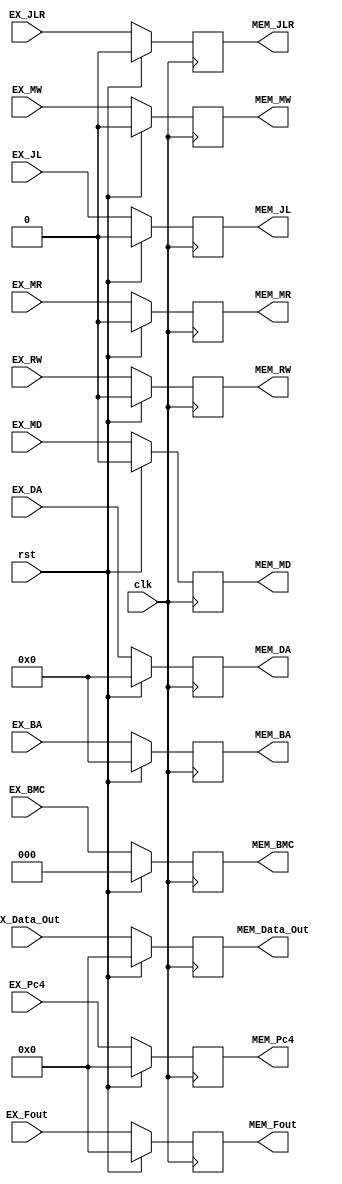
module EX_MEM(
    input clk, rst,
    input [31:0] EX_Pc4, 
    input [31:0] EX_Fout, EX_Data_Out,
    input [4:0] EX_DA, EX_BA,
    input EX_MD,
    input EX_RW, EX_MW, EX_MR,
    input EX_JL, EX_JLR,
    input [2:0] EX_BMC,
    
    output reg [31:0] MEM_Pc4, 
    output reg [31:0] MEM_Fout, MEM_Data_Out,
    output reg [4:0] MEM_DA, MEM_BA,
    output reg  MEM_MD,
    output reg  MEM_RW, MEM_MW, MEM_MR,
    output reg  MEM_JL, MEM_JLR,
    output reg  [2:0] MEM_BMC
    );
    
    
    always @(posedge clk)
    begin
        if(rst)
        begin
            MEM_Pc4 <= 0;
            MEM_Fout <= 0;
            MEM_Data_Out <= 0;
            
            MEM_DA <= 0;
            MEM_BA <= 0;
            MEM_MD <= 0;
            
            MEM_RW <= 0;
            MEM_MW <= 0; 
            MEM_MR <= 0; 
            
            MEM_JL <= 0;
            MEM_JLR <= 0;
            MEM_BMC <= 0;
        end
        
        else 
        begin 
            MEM_Pc4 <= EX_Pc4;
            MEM_Fout <= EX_Fout;
            MEM_Data_Out <= EX_Data_Out;
            
            MEM_DA <= EX_DA;
            MEM_BA <= EX_BA;
            MEM_MD <= EX_MD;
            
            MEM_RW <= EX_RW;
            MEM_MW <= EX_MW; 
            MEM_MR <= EX_MR; 
            
            MEM_JL <= EX_JL;
            MEM_JLR <= EX_JLR;
            MEM_BMC <= EX_BMC;
        end
        
    end
endmodule